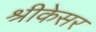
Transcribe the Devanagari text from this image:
श्रीकेसर